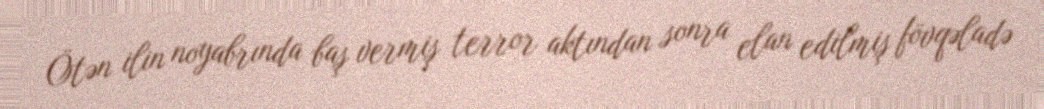
Ötən ilin noyabrında baş vermiş terror aktından sonra elan edilmiş fövqəladə